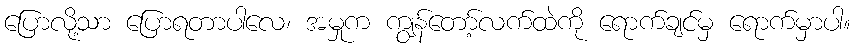
ပြောလို့သာ ပြောရတာပါလေ၊ အမှုက ကျွန်တော့်လက်ထဲကို ရောက်ချင်မှ ရောက်မှာပါ။